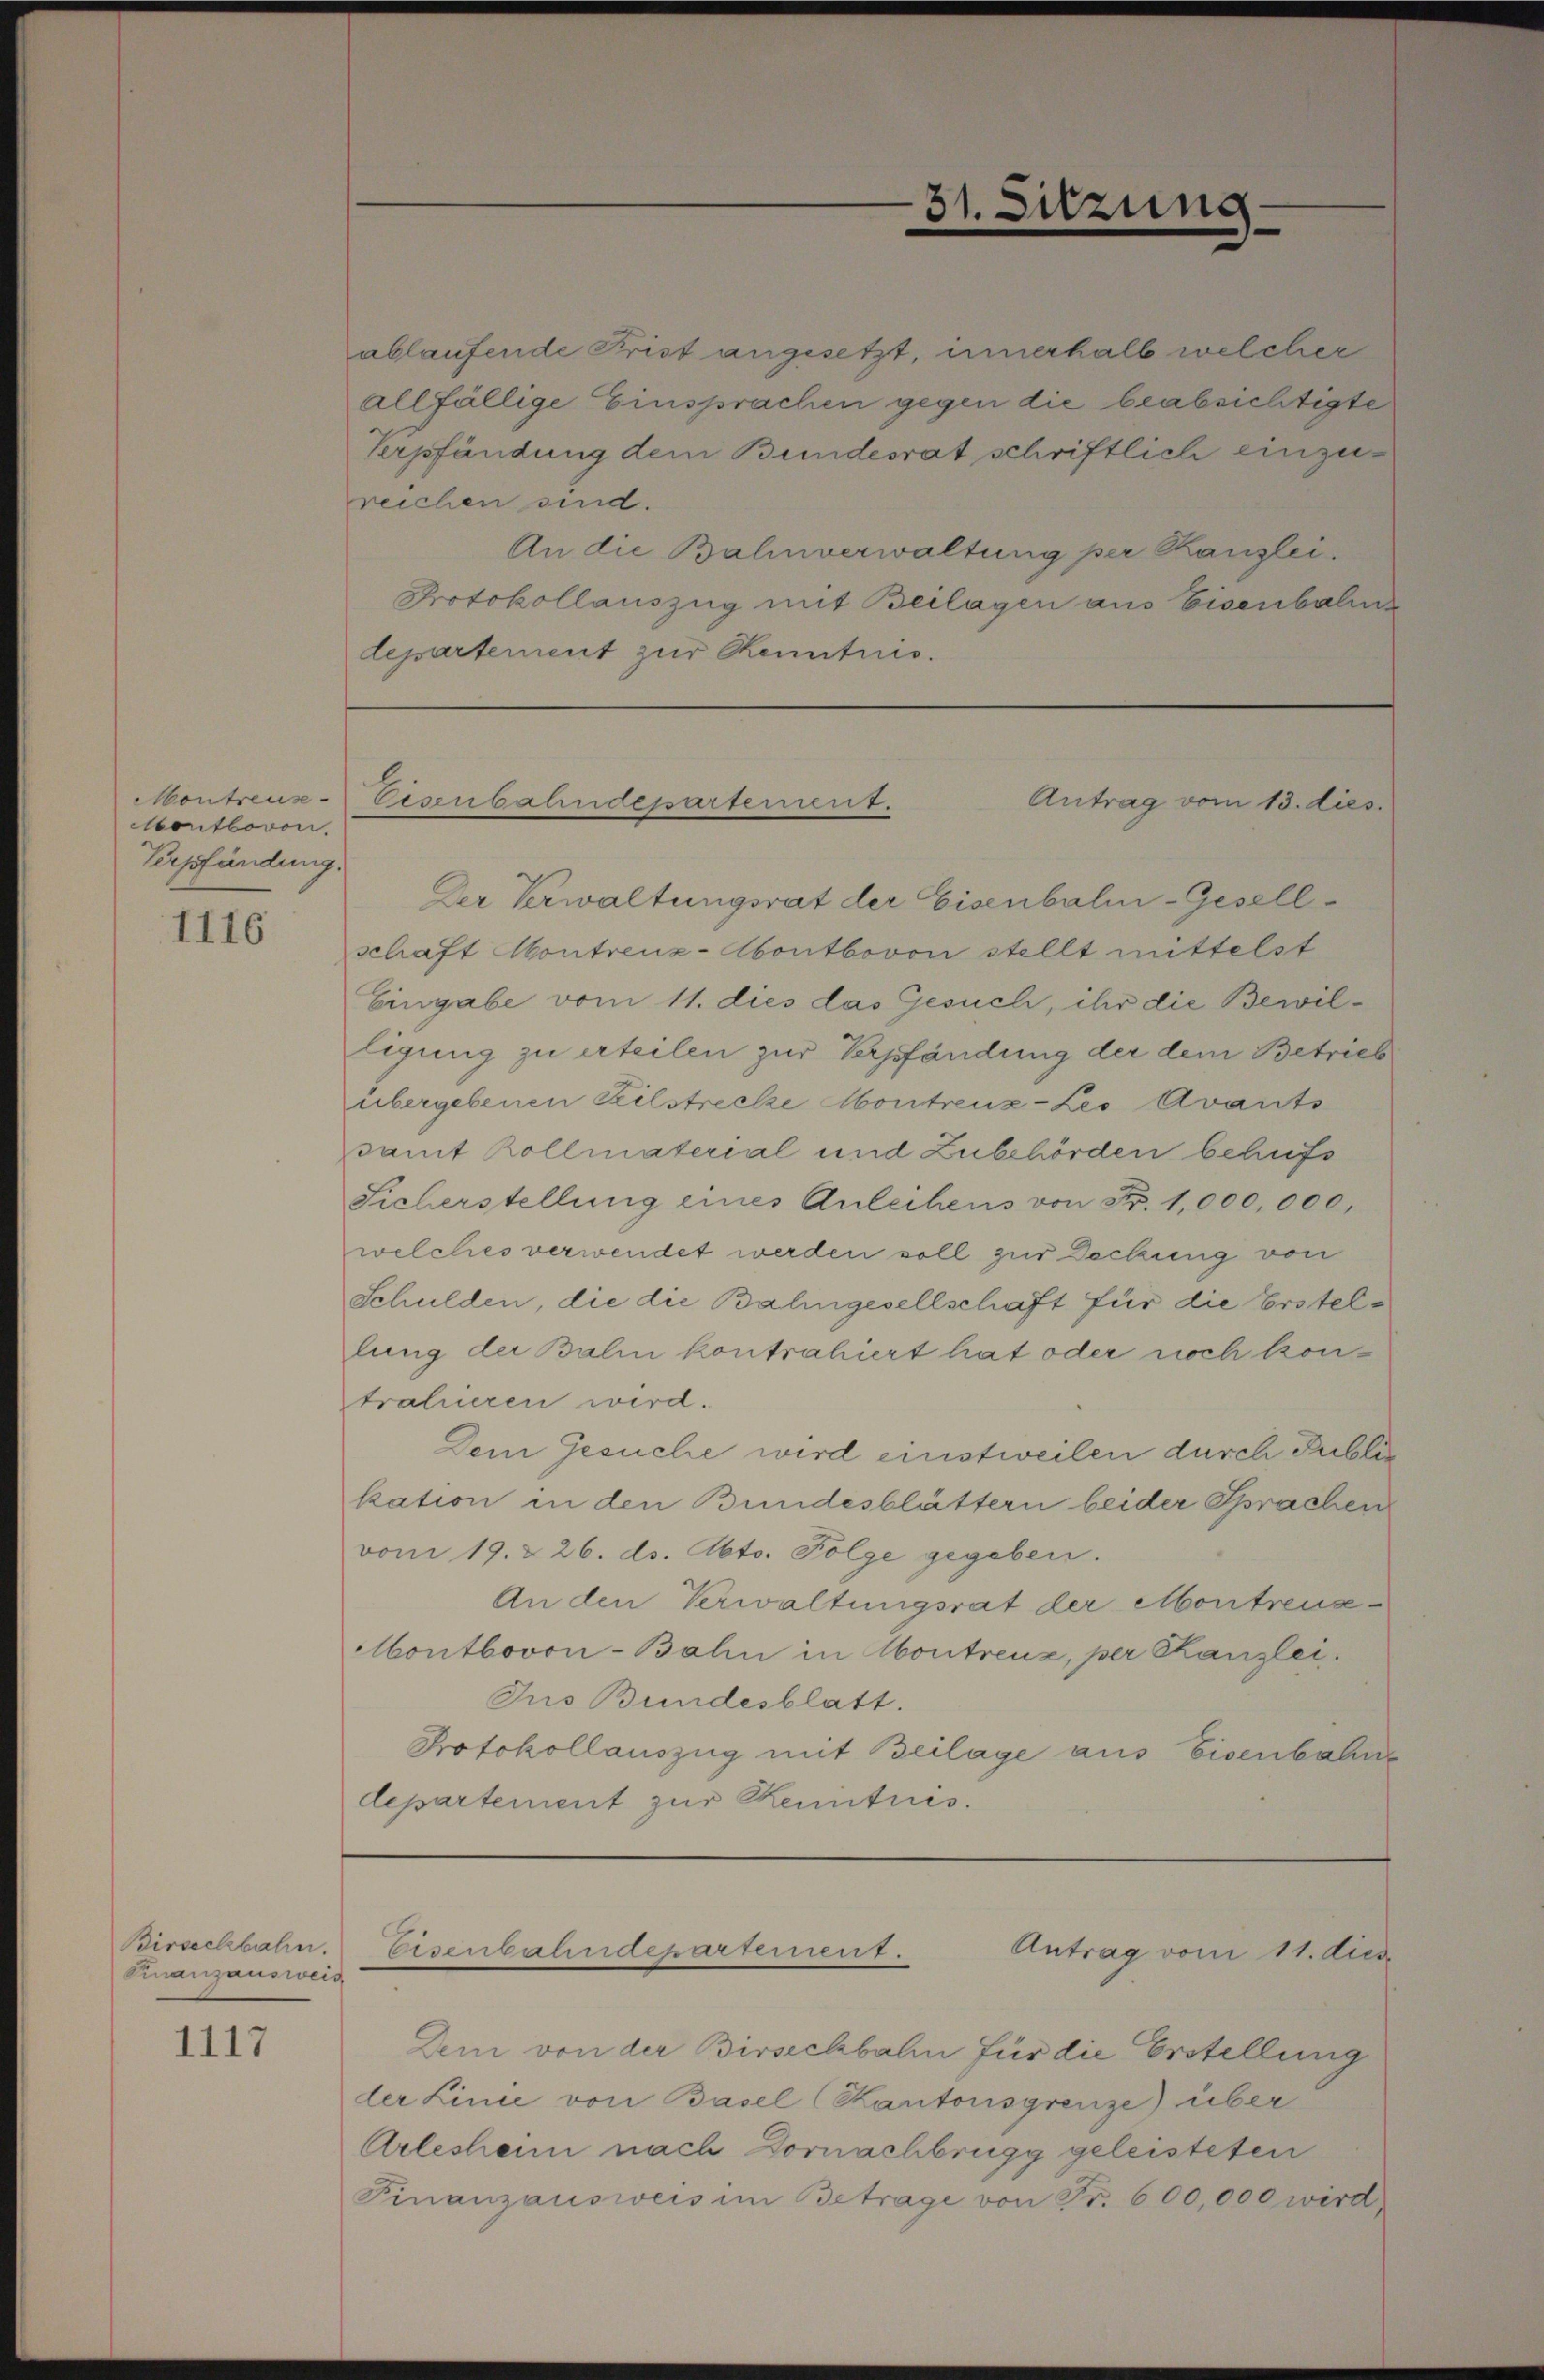
Montreus
Montboron.
Verpfändung.

1116

Birseckbahn.
Knanzausweis

1117

ablaufende Frist angesetzt, innerhalb welcher
allfällige Einsprachen gegen die beabsichtigte
Verpfändung dem Bundesrat schriftlich einzureichen sind.
An die Bahnverwaltung per Kanzlei.
Protokollauszug mit Beilagen aus Eisenbalis
departement zur Kenntnis.

31. Sitzung

Antrag vom 13. dies
Eisenbahndepartement.

Der Verwaltungsrat der Eisenbali-Gesellschaft Montreuz-Abontbovon stellt mittelst
Eingabe vom 11. dies das Gesuch, ihr die Bewilligung zu erteilen zur Verpfändung der dem Betrieb
übergebenen Teilstrecke Montreuz-Leo Avants
samt Kollmaterial und Zubehörden behufs
Sicherstellung eines Anleihens von Fr. 1,000,000,
welches verwendet werden soll zur Deckung von
Schulden, die die Balingesellschaft für die Erstellung der Balin kontrahiert hat oder noch kontrahieren wird.
Dem Gesuche wird einstweilen durch Public
kation in den Bundesblättern beider Sprachen
vom 19. & 26. ds. Abts. Folge gegeben.
An den Verwaltungsrat der Montreuseontbovon-Bahn in Montreux, per Kanzlei.
Ius Bundesblatt.
Protokollauszug mit Beilage aus Eisenbahne
departement zur Kenntnis.

Eisenbahndepartement.
Antrag vom 11. dies

Dem von der Birsechbahn für die Erstellung
der Linie von Basel (Kantonsgrenze) über
Arlesheim nach Dornachbrugg geleisteten
Finanzausweis im Betrage von Fr. 600,000 wird